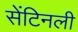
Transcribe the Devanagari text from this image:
सेंटिनली